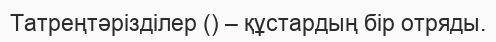
Татреңтәрізділер () – құстардың бір отряды.